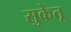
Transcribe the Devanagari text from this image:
सुकेतू